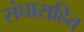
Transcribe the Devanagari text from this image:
संघासहित